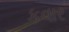
કવાર